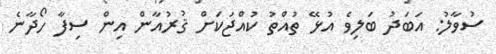
ސުވާލު: އަބަދު ބަލިވެ އުޅޭ ތުއްތު ކުއްޖަކަށް ޤުރުއާން އިން ސިފާ ހޯދާނެ